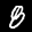
Label: 8